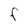
Character: F